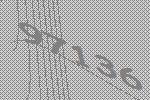
97136